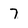
Character: 7